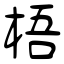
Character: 梧